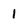
Character: 1